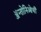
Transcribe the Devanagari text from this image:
ॲन्तोनिओची